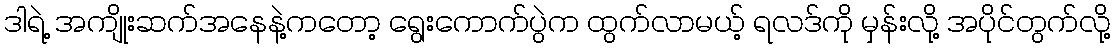
ဒါရဲ့ အကျိုးဆက်အနေနဲ့ကတော့ ရွေးကောက်ပွဲက ထွက်လာမယ့် ရလဒ်ကို မှန်းလို့ အပိုင်တွက်လို့